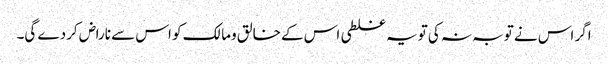
اگر اس نے توبہ نہ کی تویہ غلطی اس کے خالق ومالک کو اس سے ناراض کردے گی۔